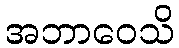
အဘာဝေသိ